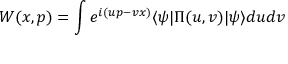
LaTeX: W ( x , p ) = \int e ^ { i ( u p - v x ) } \langle \psi | \Pi ( u , v ) | \psi \rangle d u d v